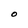
Character: O